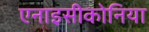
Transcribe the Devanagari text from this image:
एनाइसीकोनिया